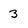
Character: 3